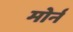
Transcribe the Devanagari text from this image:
मोर्न